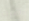
اثبت